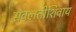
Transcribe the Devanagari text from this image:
सवलतीशिवाय